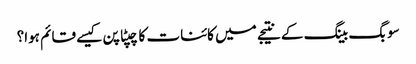
سو بگ بینگ کے نتیجے میں کائنات کا چپٹا پن کیسے قائم ہوا؟